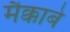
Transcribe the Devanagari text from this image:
मैक्काबे